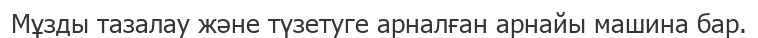
Мұзды тазалау және түзетуге арналған арнайы машина бар.